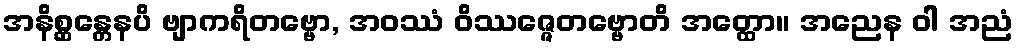
အနိစ္ဆန္တေနပိ ဗျာကရိတဗ္ဗော, အဝဿံ ဝိဿဇ္ဇေတဗ္ဗောတိ အတ္ထော။ အညေန ဝါ အညံ